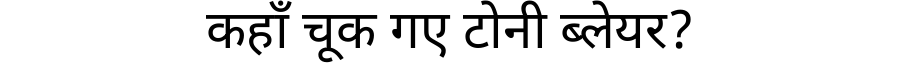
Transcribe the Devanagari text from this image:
कहाँ चूक गए टोनी ब्लेयर?